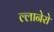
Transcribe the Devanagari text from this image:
ल्लानेरो